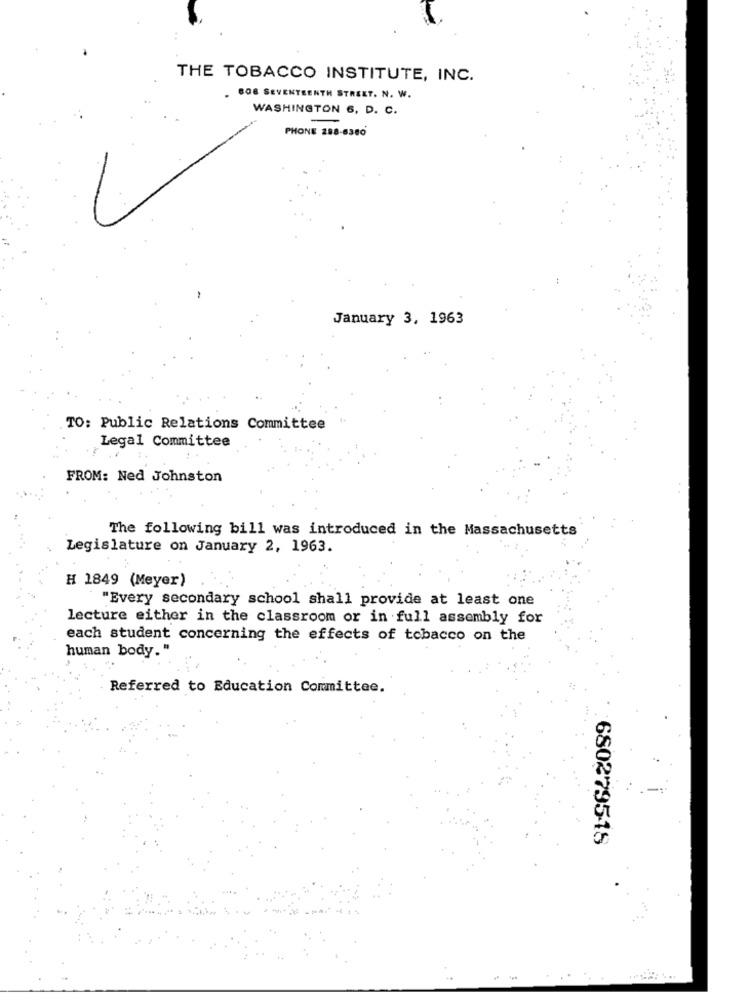
THE TOBACCO INSTITUTE, INC.
. CO8 SEVENTEENTH STREET. N. W.
WASHINGTON 6, D. C.
PHONE 288-6380
January 3, 1963
TO: Public Relations Committee
Legal Committee
FROM: Ned Johnston
The following bill was introduced in the Massachusetts
Legislature on January 2, 1963.
H 1849 (Meyer)
"Every secondary school shall provide at least one
lecture either in the classroom or in full assembly for
each student concerning the effects of tobacco on the
human body."
Referred to Education Committee.
680279518